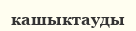
кашыктауды